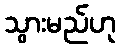
သွားမည်ဟု